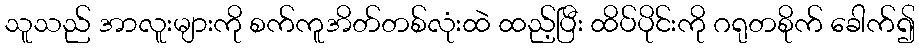
သူသည် အာလူးများကို စက်ကူအိတ်တစ်လုံးထဲ ထည့်ပြီး ထိပ်ပိုင်းကို ဂရုတစိုက် ခေါက်၍